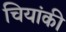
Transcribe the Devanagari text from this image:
चियांकी